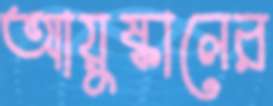
আয়ুষ্কালের